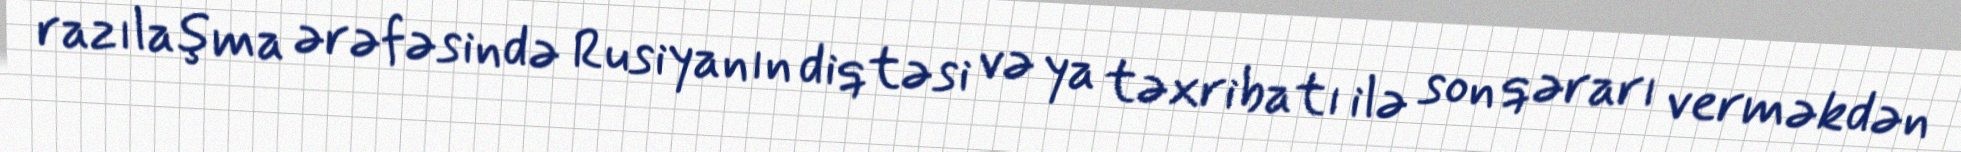
razılaşma ərəfəsində Rusiyanın diqtəsi və ya təxribatı ilə son qərarı verməkdən